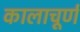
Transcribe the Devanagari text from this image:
कालाचूर्ण